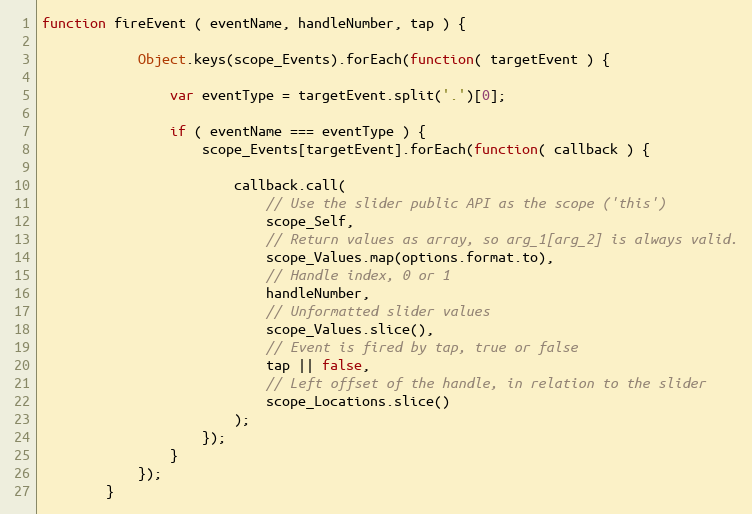
Language: JavaScript
function fireEvent ( eventName, handleNumber, tap ) {

            Object.keys(scope_Events).forEach(function( targetEvent ) {

                var eventType = targetEvent.split('.')[0];

                if ( eventName === eventType ) {
                    scope_Events[targetEvent].forEach(function( callback ) {

                        callback.call(
                            // Use the slider public API as the scope ('this')
                            scope_Self,
                            // Return values as array, so arg_1[arg_2] is always valid.
                            scope_Values.map(options.format.to),
                            // Handle index, 0 or 1
                            handleNumber,
                            // Unformatted slider values
                            scope_Values.slice(),
                            // Event is fired by tap, true or false
                            tap || false,
                            // Left offset of the handle, in relation to the slider
                            scope_Locations.slice()
                        );
                    });
                }
            });
        }